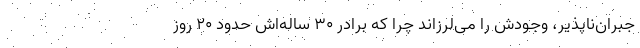
جبران‌ناپذیر، وجودش را می‌لرزاند چرا که برادر ۳۰ ساله‌اش حدود ۲۰ روز